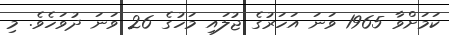
ކަމަށްވާ 1965 ވަނަ އަހަރުގެ ޖުލައި މަހުގެ 26 ވަނަ ދުވަހެވެ. މި